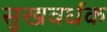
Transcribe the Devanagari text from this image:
सुखवर्धक